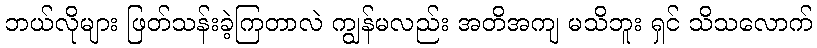
ဘယ်လိုများ ဖြတ်သန်းခဲ့ကြတာလဲ ကျွန်မလည်း အတိအကျ မသိဘူး ရှင် သိသလောက်